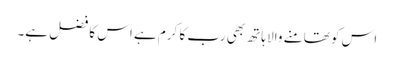
اس کو تھامنے والا ہاتھ بھی رب کا کرم ہے اس کا فضل ہے۔